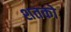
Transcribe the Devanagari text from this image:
शतको